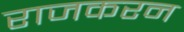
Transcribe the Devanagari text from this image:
राजकरन